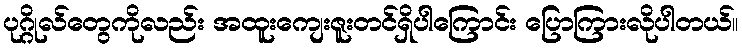
ပုဂ္ဂိုလ်တွေကိုလည်း အထူးကျေးဇူးတင်ရှိပါကြောင်း ပြောကြားလိုပါတယ်။